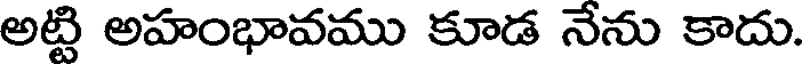
అట్టి అహంభావము కూడ నేను కాదు.